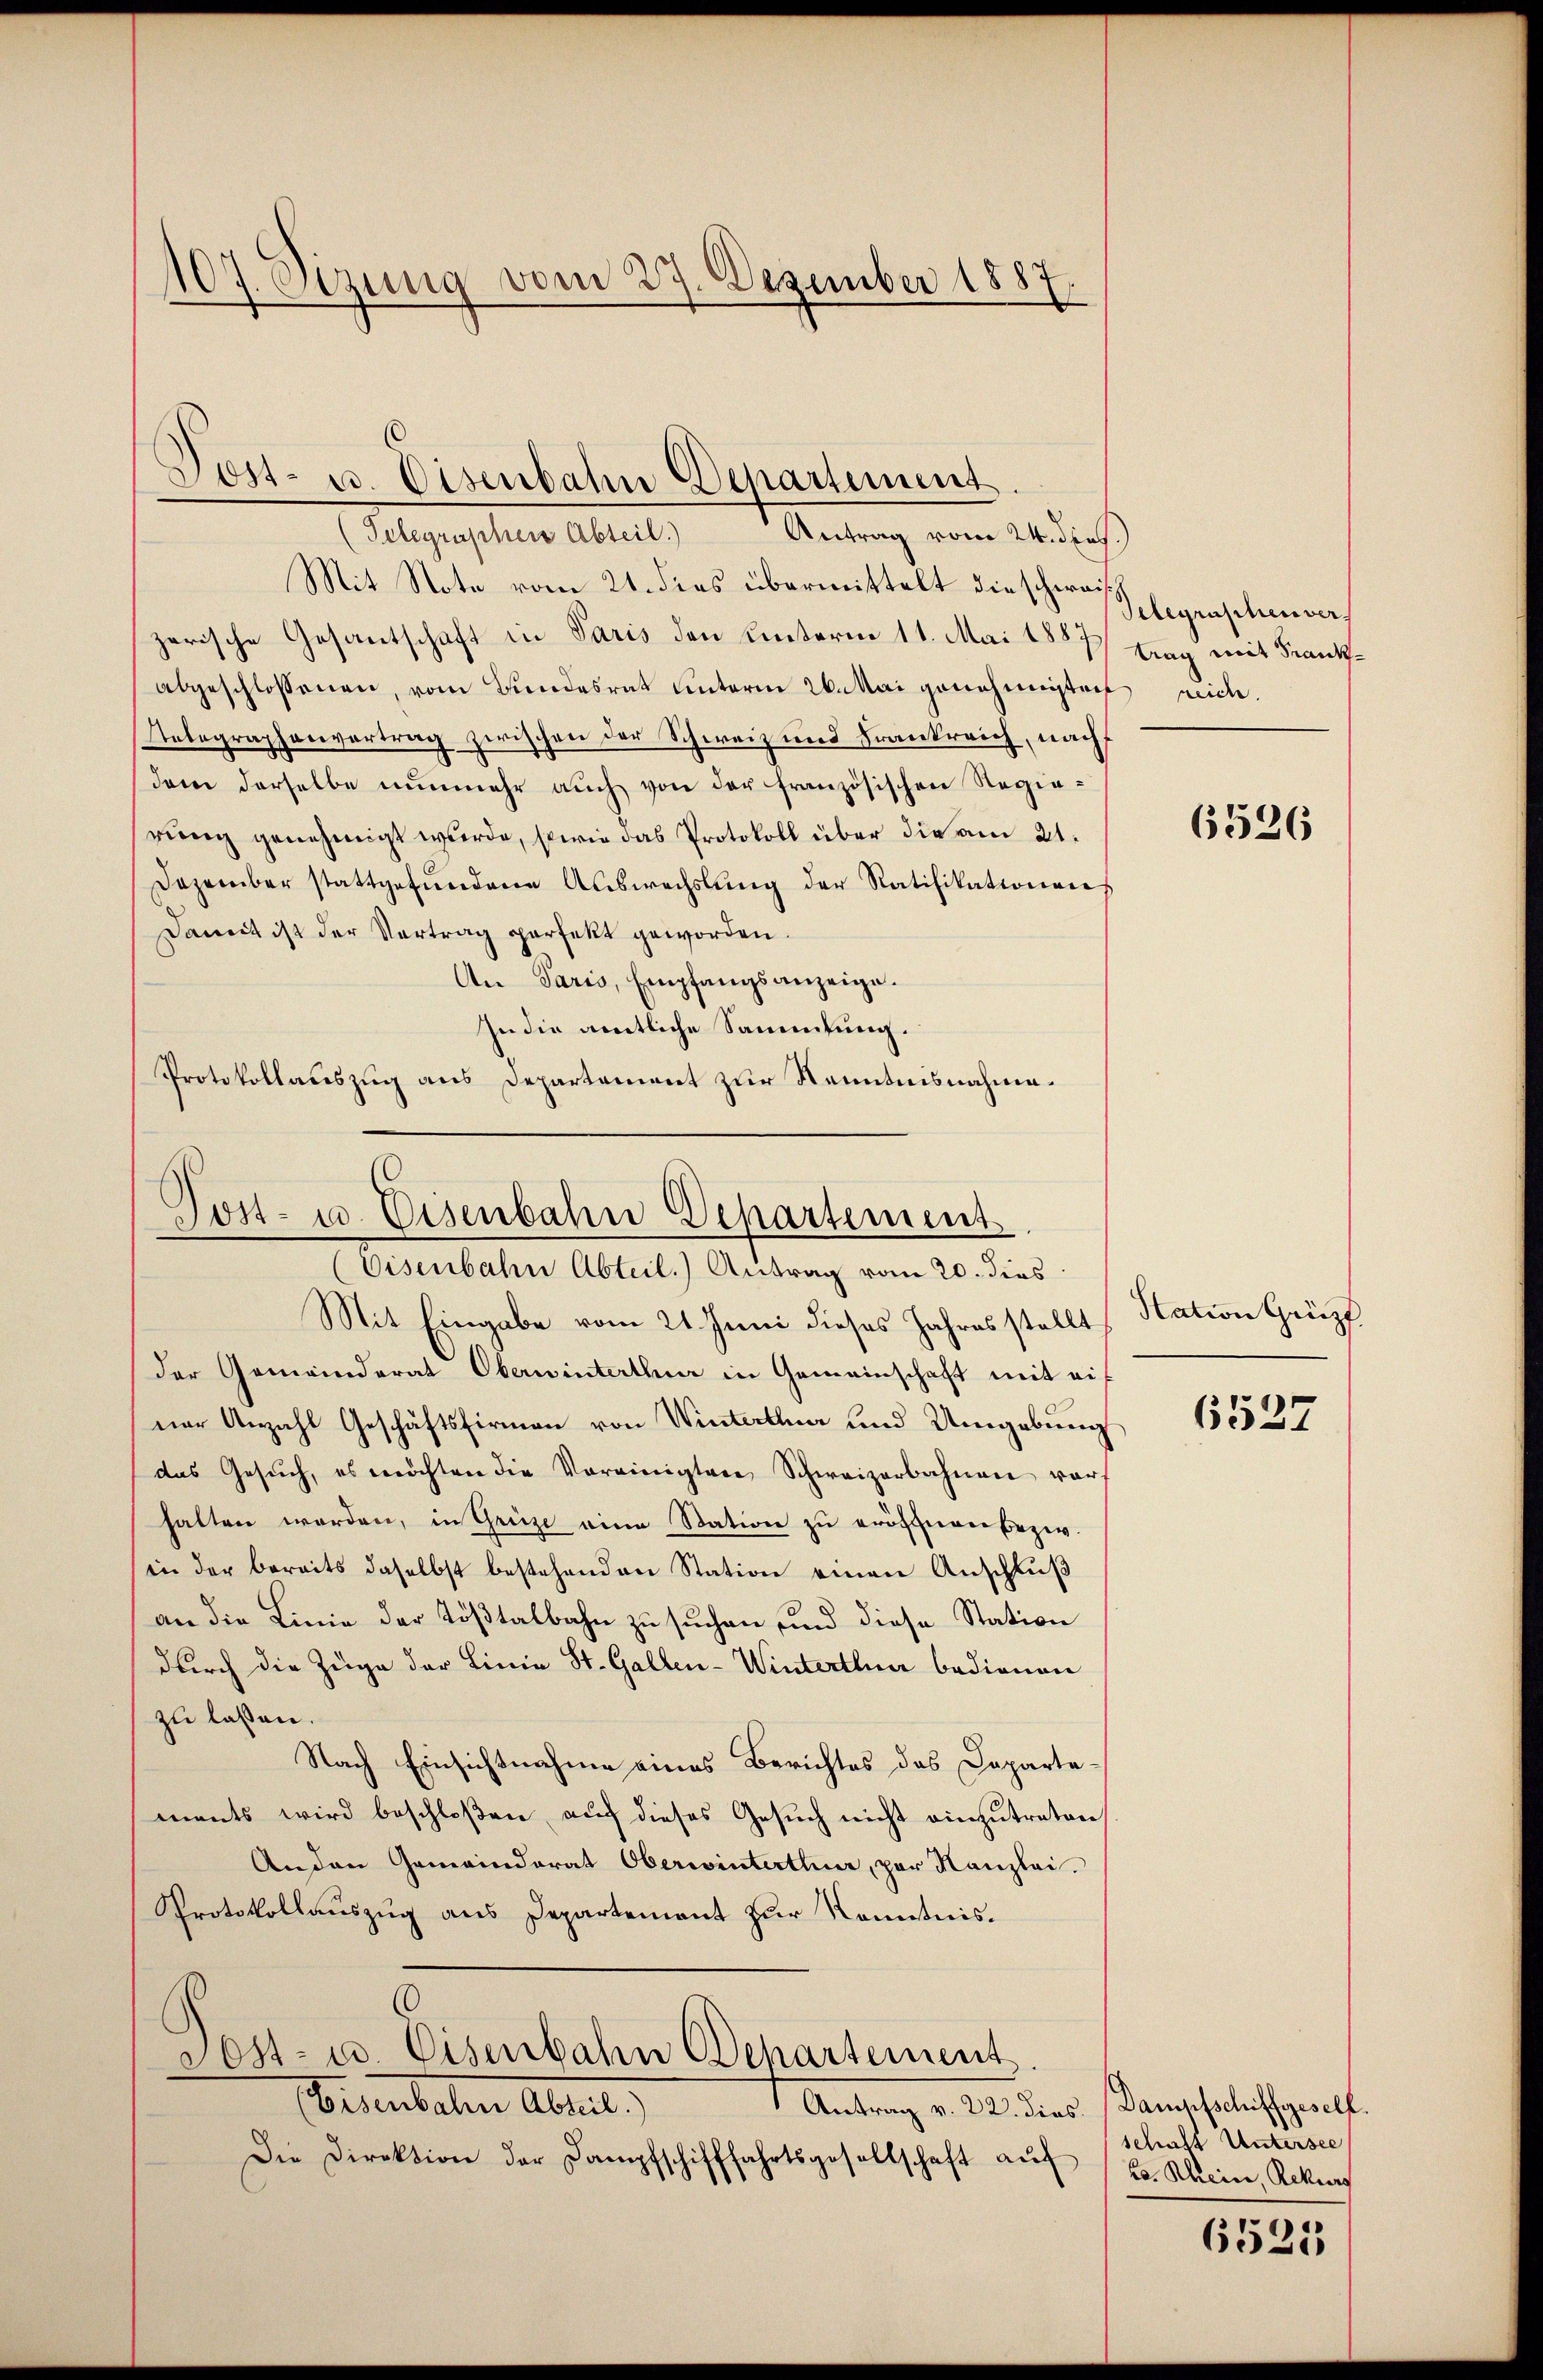
107. Sizung vom 27. Dezember 1887.

Mit Note vom 21. dies übermittelt die schwaizerische Gesantschaft in Paris den Unterm 11. Mai 1887.
abgeschlossenen, vom Bundesrat unterm 26. Mai genehmigten peich
Telegraphenvertrag zwischen der Schweiz und Frankreich, nach
dem derselbe nunmehr auch von der französischen Regierung genehmigt wurde, sowie das Protokoll über die am 21.
Dezember stattgefŭndene Aŭswechslung der Ratifikationens
Damit ist der Vertrag perfekt geworden.
An Paris, Empfangsanzeige.
In die amtliche Sammlung.
Protokollauszug aus Departement zur Kenntnisnahme¬

Post- u. Eisenbahn Departement
(Eisenbahn Abteil.) Antrag vom 20. dies

Post- u. Eisenbahn Departement
Antrag vom 24. dies.)
(Telegraphen Abteil)

Telegraphenver
trag mit Frank¬

Mit Eingabe vom 21. Juni dieses Jahres stellt
der Gemeinderat Oberwinterthur in Gemeinschaft mit eif
ner Anzahl Geschäftsfirmen von Winterthur und Umgebung
das Gesŭch, es möchten die Vereinigtere Schweizerbahnen vor-
halten worden, in Grüse eine Station zu eröffnen bezw.
in der bereits daselbst bestehenden Station einen Anschluß
an die Linie der Tößtalbahn zu suchen und diese Station
durch die Züge der Linie St. Gallen-Winterthur bedienen
zu lassen.
Nach Einsichtnahme eines Berichtes das Departements wird beschloßen, auf dieses Gesuch nicht einzutreten
Anden Gemeinderat Oberwinterthur, par Kanzlei.
Protokollauszug aus Departement zur Kenntnis¬
Sost- u. Eisenbahn Departement
(Eisenbahn Abteil)
Antrag v. 22. dies. Dampfschiffgesell.
Die Direktion der Dampfschifffahrtsgesellschaft aŭf E. Rhein Rekurs

6536

Station Grüzf

6537

schaft Untersee

6521